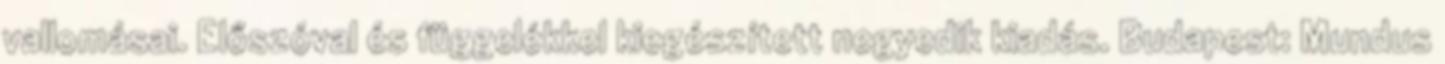
vallomásai. Előszóval és függelékkel kiegészített negyedik kiadás. Budapest: Mundus